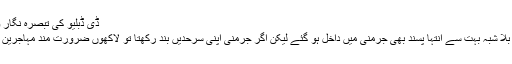
ڈی ڈبلیو کی تبصرہ نگار ویریکا شپاسووسکا
مہاجرین کے ساتھ بلا شبہ بہت سے انتہا پسند بھی جرمنی میں داخل ہو گئے لیکن اگر جرمنی اپنی سرحدیں بند رکھتا تو لاکھوں ضرورت مند مہاجرین کی مدد نہ ہو پاتی۔